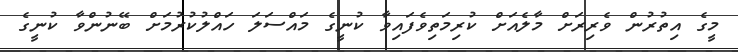
މީގެ އިތުރުން ވެރިރަށް މާލެއަށް ކުރިމަތިވެފައިވާ ކުނީގެ މައްސަލަ ހައްލުކުރުމަށް ބޭނުންވާ ކުނީގެ